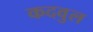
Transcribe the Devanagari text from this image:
कदवुल